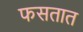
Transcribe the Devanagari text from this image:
फसतात